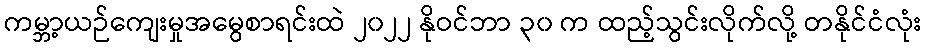
ကမ္ဘာ့ယဉ်ကျေးမှုအမွေစာရင်းထဲ ၂၀၂၂ နိုဝင်ဘာ ၃၀ က ထည့်သွင်းလိုက်လို့ တနိုင်ငံလုံး